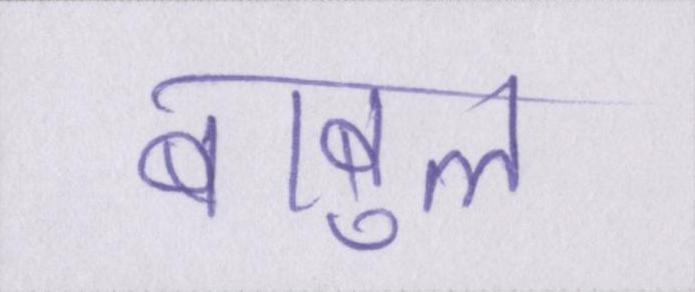
बाबुल